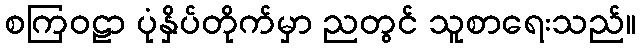
စကြဝဠာ ပုံနှိပ်တိုက်မှာ ညတွင် သူစာရေးသည်။